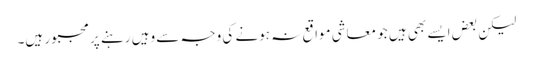
لیکن بعض ایسے بھی ہیں جو معاشی مواقع نہ ہونے کی وجہ سے وہیں رہنے پر مجبور ہیں۔